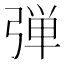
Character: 弾